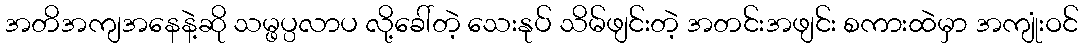
အတိအကျအနေနဲ့ဆို သမ္ဖပ္ပလာပ လို့ခေါ်တဲ့ သေးနုပ် သိမ်ဖျင်းတဲ့ အတင်းအဖျင်း စကားထဲမှာ အကျုံးဝင်